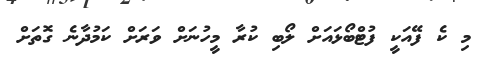
މި ކެ ފޭއަކީ ފުޓްބޯޅައަށް ލޯބި ކުރާ މީހުނަށް ވަރަށް ކަމުދާނެ ގޮތަށް